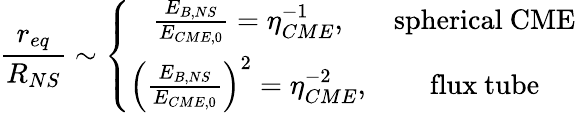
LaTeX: \frac{r_{eq}}{R_{NS}}\sim\left\{ \begin{array}{cc}{\frac{E_{B,NS}}{E_{CME,0}}=\eta_{CME}^{-1},}&{\mathrm{spherical~CME}}\\ {\left(\frac{E_{B,NS}}{E_{CME,0}}\right)^{2}=\eta_{CME}^{-2},}&{\mathrm{flux~tube}}\end{array}\right.